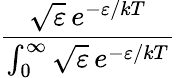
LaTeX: \frac{{\sqrt{\varepsilon}}\, e^{-\varepsilon/kT}}{\int_{0}^{\infty}{\sqrt{\varepsilon}}\, e^{-\varepsilon/kT}}